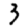
Digit: 3